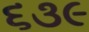
૬૩૯